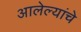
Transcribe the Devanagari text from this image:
आलेल्यांचे